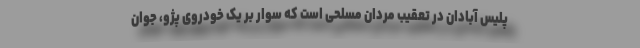
پلیس آبادان در تعقیب مردان مسلحی است که سوار بر یک خودروی پژو، جوان